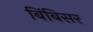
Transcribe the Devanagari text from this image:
बिंबिसर